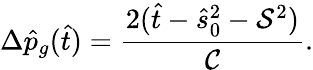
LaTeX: \Delta\hat{p}_{g}(\hat{t})=\frac{2(\hat{t}-\hat{s}_{0}^{2}-\mathcal{S}^{2})}{\mathcal{C}}.